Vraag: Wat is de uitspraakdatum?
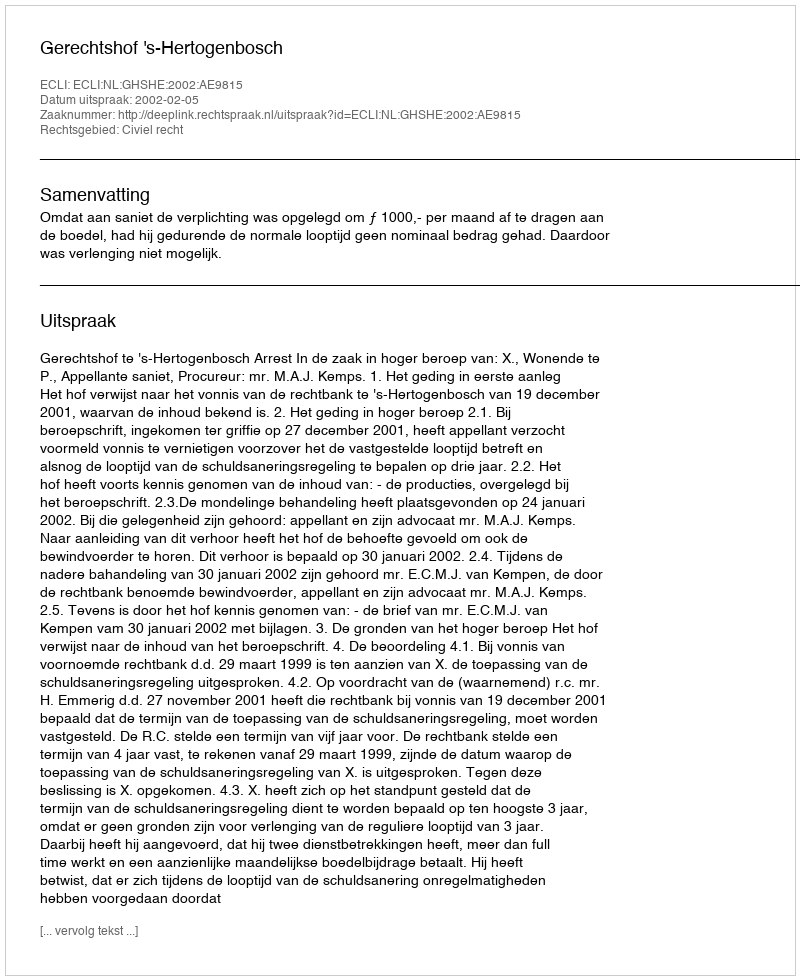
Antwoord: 2002-02-05